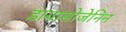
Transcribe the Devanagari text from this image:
डायासोजेनिन